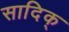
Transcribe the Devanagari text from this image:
सादिक्